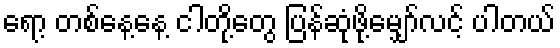
ရော့ တစ်နေ့နေ့ ငါတို့တွေ ပြန်ဆုံဖို့မျှော်လင့် ပါတယ်